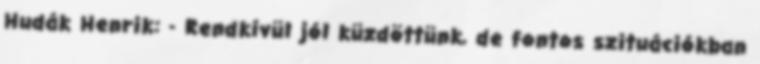
Hudák Henrik: - Rendkívül jól küzdöttünk, de fontos szituációkban